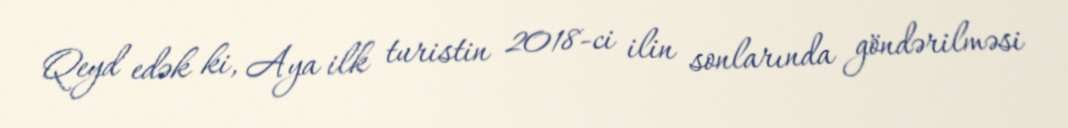
Qeyd edək ki, Aya ilk turistin 2018-ci ilin sonlarında göndərilməsi